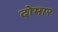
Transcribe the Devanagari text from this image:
दोमार